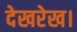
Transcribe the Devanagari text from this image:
देखरेख।